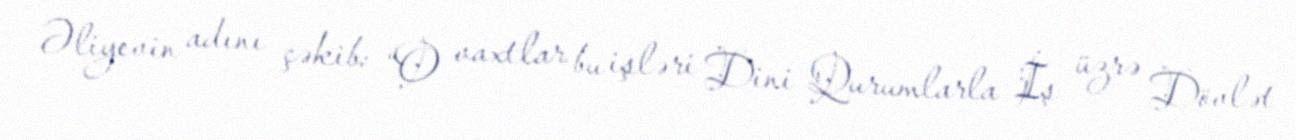
Əliyevin adını çəkib: “O vaxtlar bu işləri Dini Qurumlarla İş üzrə Dövlət